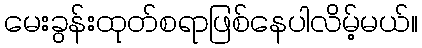
မေးခွန်းထုတ်စရာဖြစ်နေပါလိမ့်မယ်။